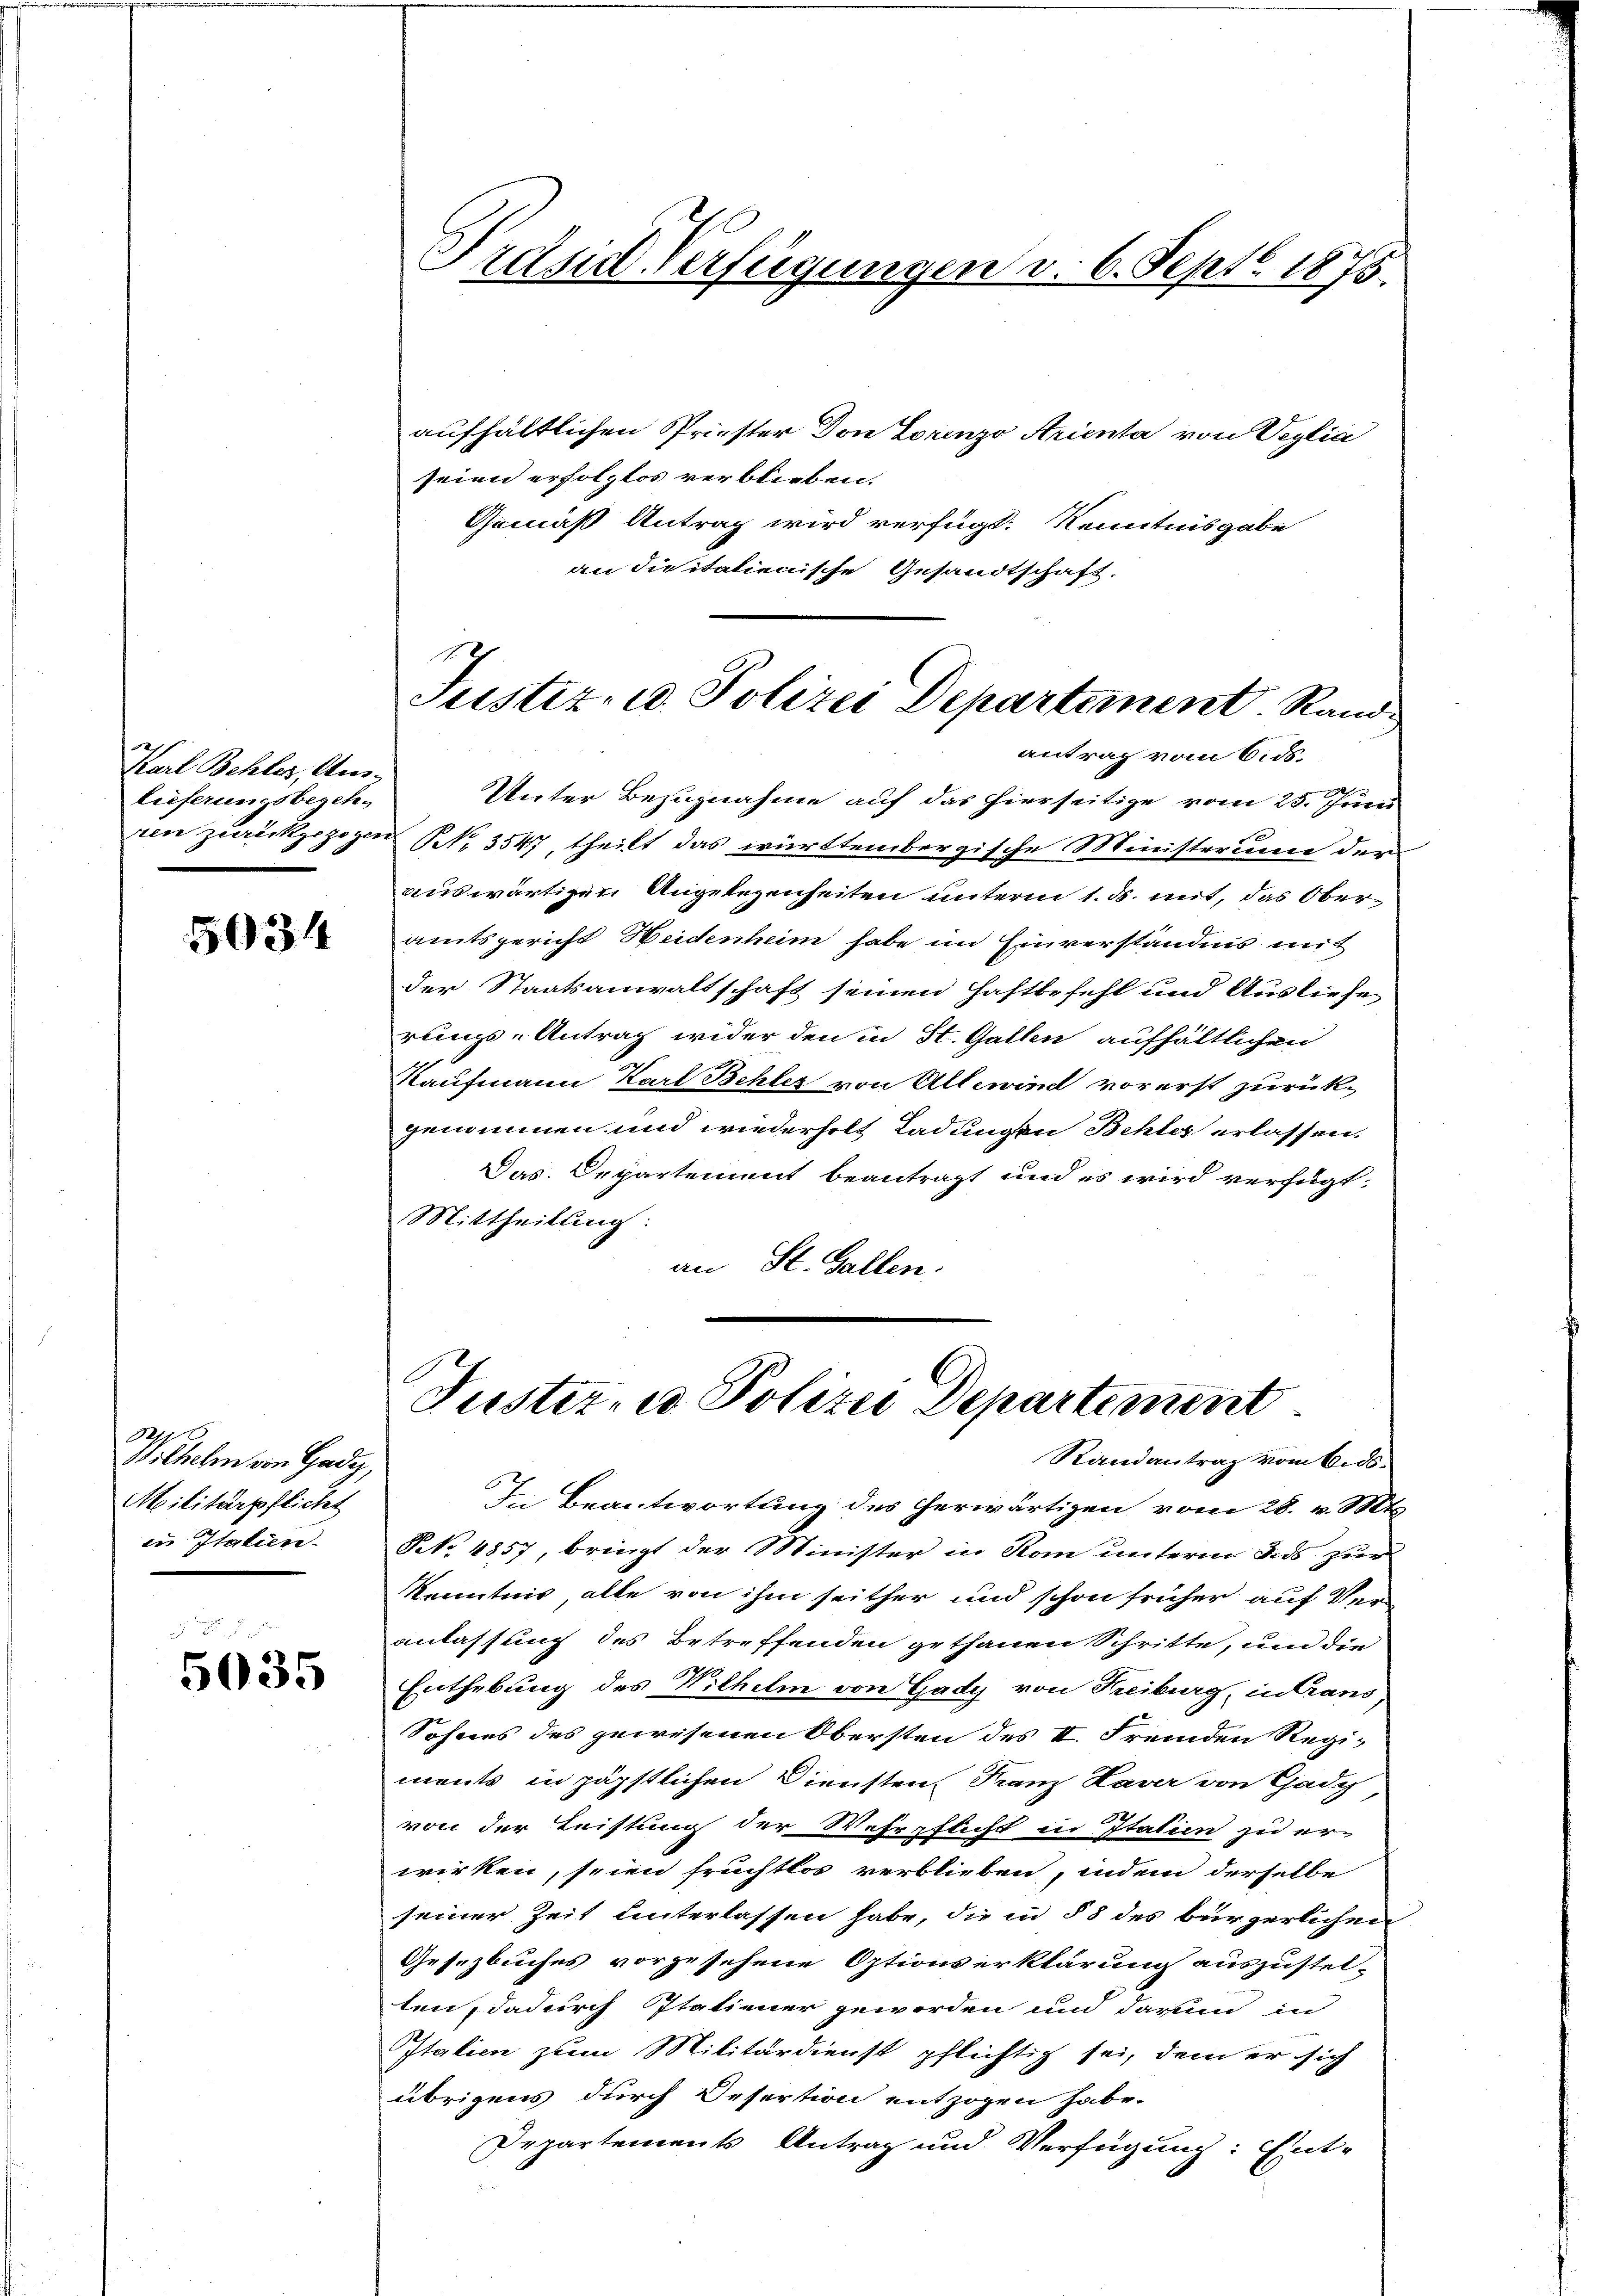
Karl Behles, Auslieferungsbegeh¬

5034

e
Wilhelm von Gady,
Militärpflicht
in Italien.

5035

Präsidl Verfügungen d. 6. Sept. 1875.

aufhältlichen Priester Don Lorenzo Arienta von Veglia
seien erfolglos verblieben.
Gemäß Antrag wird verfügt: Kenntnisgabe
an diritalienische Gesandtschaft.
Unter Bezugnahme auf das hierseitige vom 25. Juni
rien zurückgezogen No. 3547, theilt das württembergische Ministerium der
auswärtigen Angelegenheiten unterm 1. ds. mit, das Oberamtsgericht Heidenheim habe im Einverständnis mit
der Staatsanwaltschaft seinen Haftbefehl und Ausliefe
rungs-Antrag wider den in St. Gallen aufhältlichen
Kaufmann Karl Behler von Allewind vorerst zurückgenommen und wiederholt Ladungen Behler erlassen:
Das Departement beantragt und es wird verfügt:
Mittheilung:
an St. Gallen.
Tuster- u Polizei Departement
Randantrag vom Eids¬
J. Beantwortung des herwärtigen vom 28. v. Mts
No 4857, bringt der Minister in Rom unterm des zur
Kenntnis, alle von ihm seither und schon früher auf Ver-
anlassung des Betreffenden gethanen Schritte, um die
Enthebung des Wilhelm von Gady von Freiburg, in Graus,
Sohnes des gewesenen Obersten des II. Fremden Regi-
ments in päpstlichen Diensten Franz Haver von Gady
von der Leistung der Wehrpflicht in Italien zu er-
wirken, seien fruchtlos verblieben, indem derselbe
seiner Zeit unterlassen habe, die in § 8 des bürgerlichen
Gesezbuches vorzusehene Optionserklärung auszustel-
ten, dadurch statiener geworden und darum in
Italien zum Militärdienst pflichtig sei, dem er sich
übrigens durch Desertion entzogen habe.
Departements Antrag und Verfügung: Ent-
e

Ich
Justiz- u. Polizei Departement. Rand
antrag vom 6. ds.